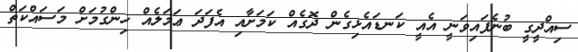
ސިއްދީގީ ބުނެފައިވަނީ އެއީ ކަނޑައެޅިގެން ދޮގެއް ކަމަށާއި އެފަދަ ޢަމަލެއް ހިންގުމަށް މަސައްކަތް